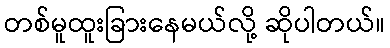
တစ်မူထူးခြားနေမယ်လို့ ဆိုပါတယ်။